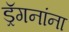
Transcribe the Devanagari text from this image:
ड्रॅगनांना